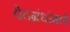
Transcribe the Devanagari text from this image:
वेदग्रंथांमध्ये